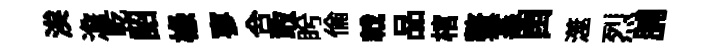
涘澹乾詔椽寥合敢盻倫戟品棺鳌莘㽞澨烈脯